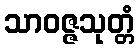
သာဝဇ္ဇသုတ္တံ